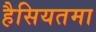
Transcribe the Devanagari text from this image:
हैसियतमा